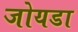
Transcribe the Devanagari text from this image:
जोयडा